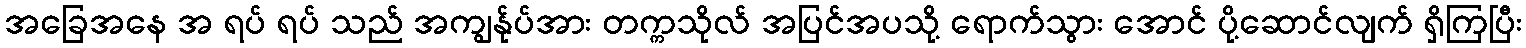
အခြေအနေ အ ရပ် ရပ် သည် အကျွန်ုပ်အား တက္ကသိုလ် အပြင်အပသို့ ရောက်သွား အောင် ပို့ဆောင်လျက် ရှိကြပြီး